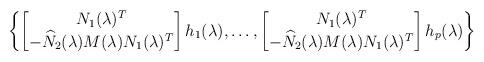
LaTeX: \begin{align*}\left\{\begin{bmatrix}N_1 (\lambda)^T \\-\widehat{N}_2 (\lambda) M(\lambda) N_1 (\lambda)^T\end{bmatrix} h_1(\lambda), \ldots , \begin{bmatrix}N_1 (\lambda)^T \\-\widehat{N}_2 (\lambda) M(\lambda) N_1 (\lambda)^T\end{bmatrix} h_p(\lambda) \right\}\end{align*}